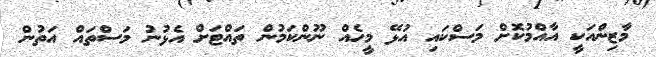
މާޒިންއަކީ އާއްމުކޮށް މަސްކައި އުޅޭ މީހެއް ނޫންކަމުން ތައްޓަށް އެޅުނު މަސްތައް އަތުން